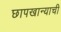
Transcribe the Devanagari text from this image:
छापखान्याची